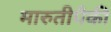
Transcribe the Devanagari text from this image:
मारुतीपैकी